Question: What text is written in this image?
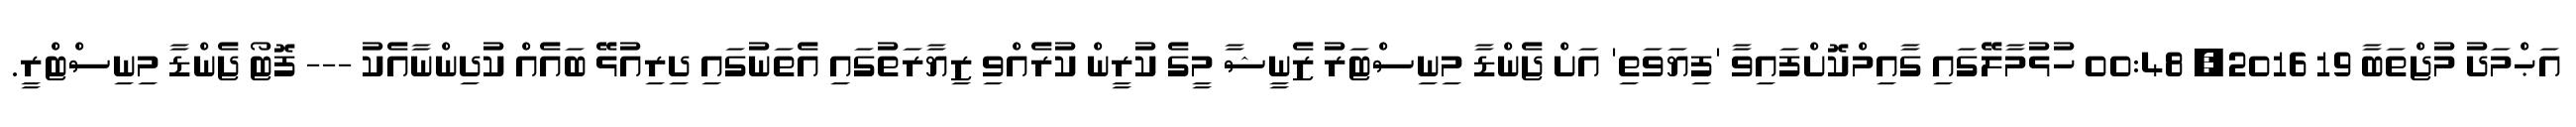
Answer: އަޙްމަދު މުޖްތަބާ 19 2016, 00:48 ހުޅުމާލޭގައި ގާއިމްކޮށްފައިވާ 'ފިޔަވަތި' އަށް ޖެންޑާ މިނިސްޓަރު ޒެނީޝާ މީގެ ކުރީން ކުރެއްވި ޒިޔާރަތުގައި އެތަނުގައި ދިރިއުޅޭ ބައެއް ކުދިންނާއެކު --- ފޮޓޯ ޖެންޑާ މިނިސްޓްރީ.